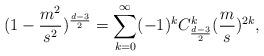
LaTeX: \begin{align*}(1-\frac{m^{2}}{s^{2}})^{\frac{d-3}{2}}=\sum_{k=0}^{\infty}(-1)^{k}C^{k}_{\frac{d-3}{2}}(\frac{m}{s})^{2k},\end{align*}